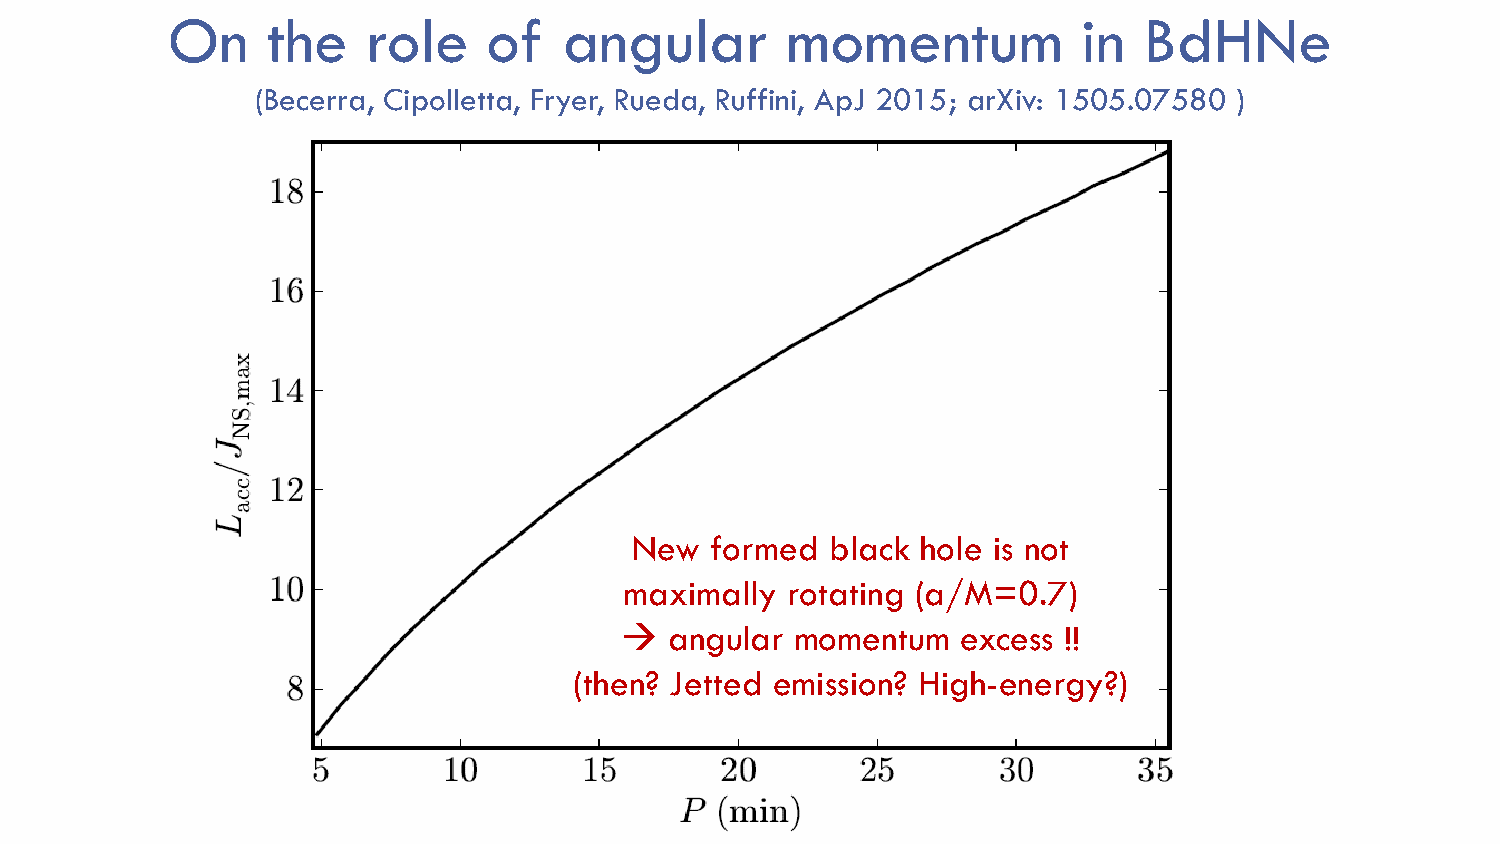
On     the   role    of   angular        momentum            in  BdHNe
 (Becerra, Cipolletta, Fryer, Rueda, Ruffini, ApJ 2015; arXiv: 1505.07580 )
 New  formed  black hole is not
 maximally  rotating (a/M=0.7)
   angular  momentum   excess !!
 (then? Jetted emission? High-energy?)